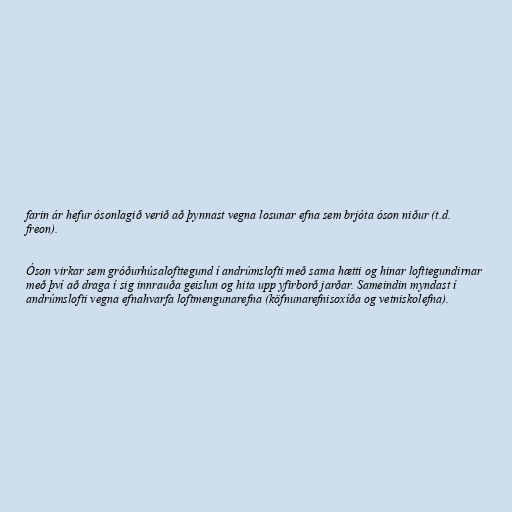
farin ár hefur ósonlagið verið að þynnast vegna losunar efna sem brjóta óson niður (t.d.
freon).

Óson virkar sem gróðurhúsalofttegund í andrúmslofti með sama hætti og hinar lofttegundirnar
með því að draga í sig innrauða geislun og hita upp yfirborð jarðar. Sameindin myndast í
andrúmslofti vegna efnahvarfa loftmengunarefna (köfnunarefnisoxíða og vetniskolefna).